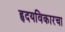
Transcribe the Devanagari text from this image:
हृदयविकारचा